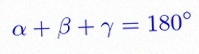
\alpha+\beta+\gamma=180^\circ